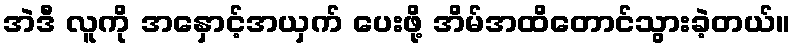
အဲဒီ လူကို အနှောင့်အယှက် ပေးဖို့ အိမ်အထိတောင်သွားခဲ့တယ်။